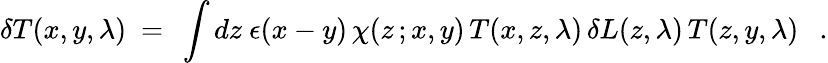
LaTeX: \delta T(x,y,\lambda)~=~\int dz~\epsilon(x-y)\, \chi(z\, ;x,y)\, T(x,z,\lambda)\, \delta L(z,\lambda)\, T(z,y,\lambda)~~~.